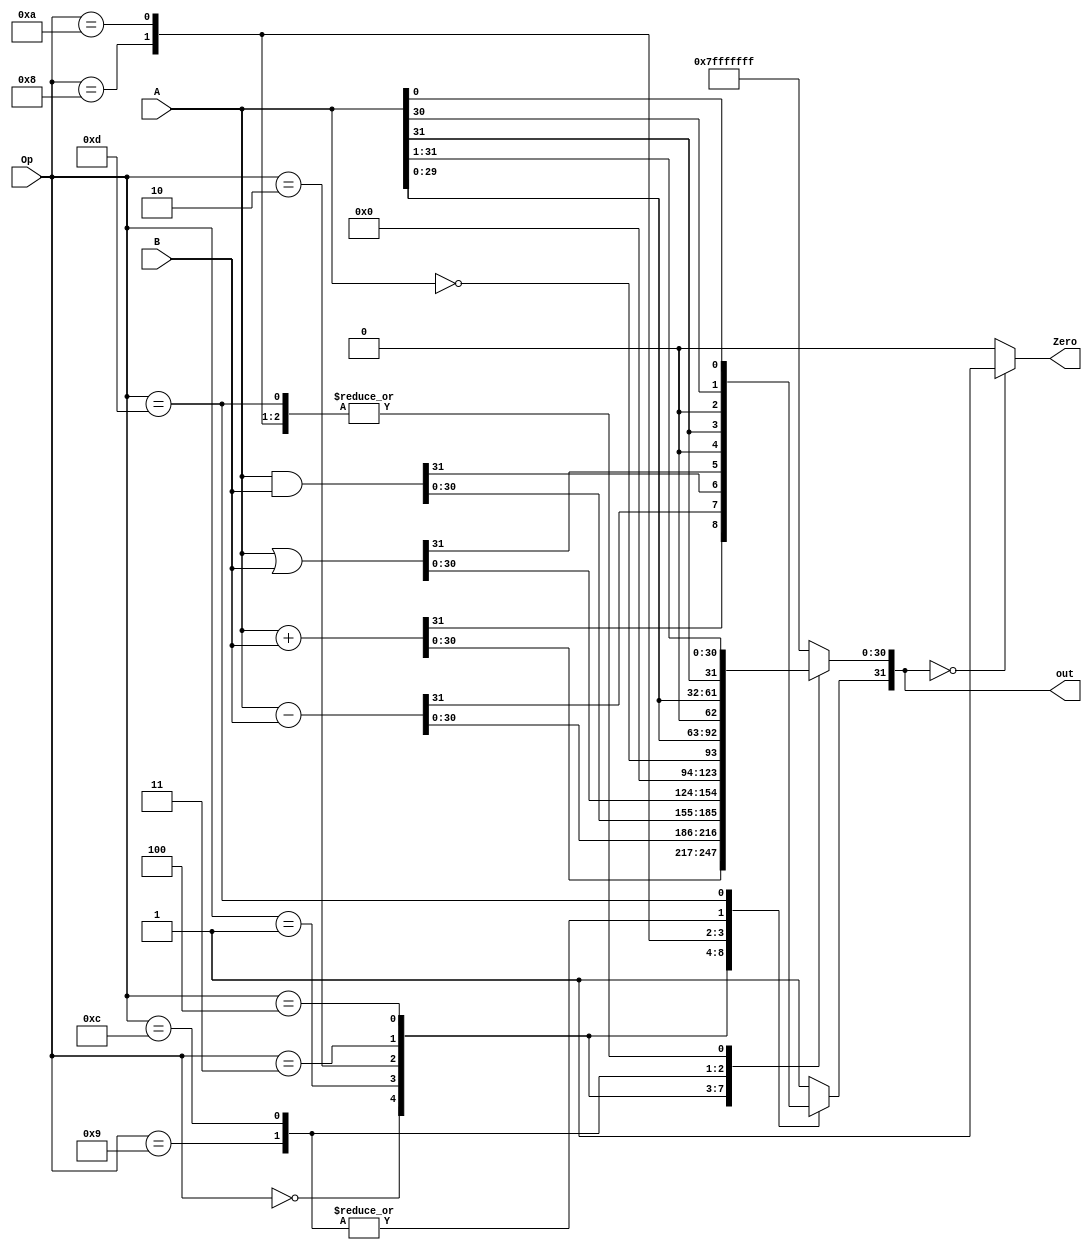
`timescale 1ns / 1ps
//////////////////////////////////////////////////////////////////////////////////
// Company: 
// Engineer: 
// 
// Design Name: 
// Module Name:    ALU 
// Project Name: 
// Target Devices: 
// Tool versions: 
// Description: 
//
// Dependencies: 
//
// Revision: 
// Revision 0.01 - File Created
// Additional Comments: 
//
//////////////////////////////////////////////////////////////////////////////////
module ALU(
    output reg [31:0] out,
    output reg Zero, 
    input wire [31:0] A,B , 
    input wire [3:0] Op
    );
   always @(*) begin
		case(Op)
			4'b0000 : out = A+B;
			4'b0001 : out = A-B;
			4'b0010 : out = A&B;
			4'b0011 : out = A|B;
			4'b0100 : out = !A;
			4'b1000 : begin
			out = A>>1;//arithmetic shift right??== (int) A >> 1
			out[31]=A[31];
			end
			4'b1010 : out = A>>1;
			4'b1001 : out = A<<1;
			4'b1100 : out = {A[30:0] , A[31]}; 		
			4'b1101 : out = {A[0], A[31:1]};
			default: out = 32'b11111111111111111111111111111111;
		endcase
      if(out==0)
			   Zero =1;
	   else
		    Zero=0;		
   end
	
endmodule